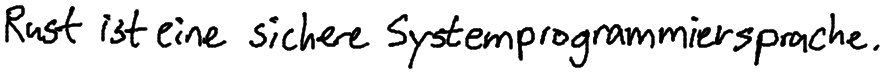
Rust ist eine sichere Systemprogrammiersprache.